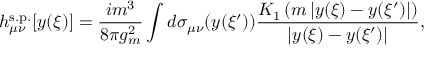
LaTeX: h _ { \mu \nu } ^ { \mathrm { s . p . } } [ y ( \xi ) ] = \frac { i m ^ { 3 } } { 8 \pi g _ { m } ^ { 2 } } \int d \sigma _ { \mu \nu } ( y ( \xi ^ { \prime } ) ) \frac { K _ { 1 } \left( m \left| y ( \xi ) - y ( \xi ^ { \prime } ) \right| \right) } { \left| y ( \xi ) - y ( \xi ^ { \prime } ) \right| } ,